Civil Veterinary Dept. Bombay admin report 1914-1922 - 1914-1922
Year: 1914
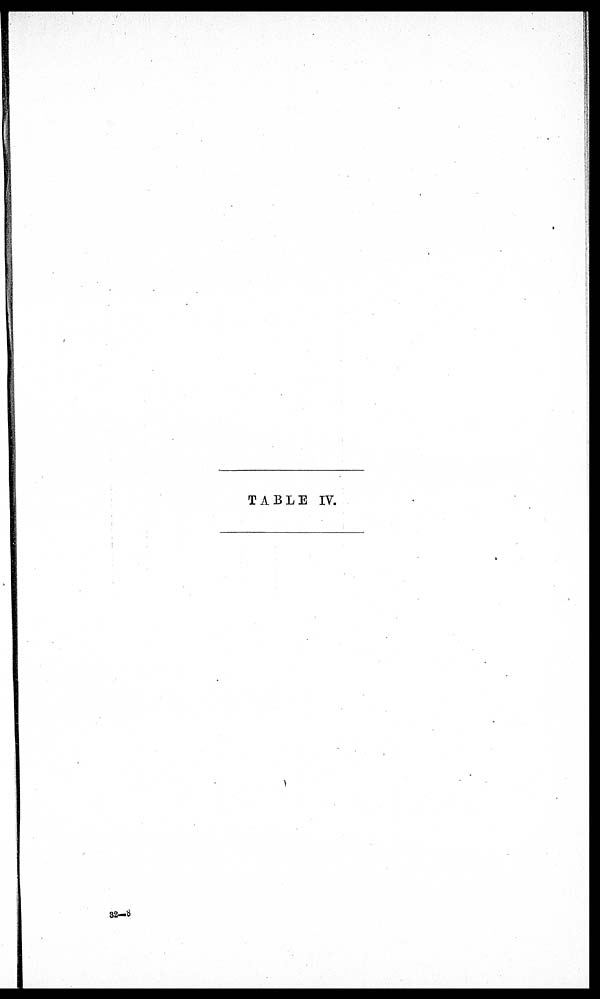
TABLE IV.